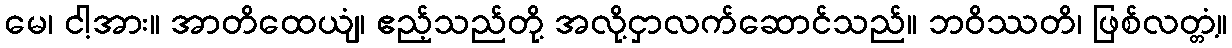
မေ၊ ငါ့အား။ အာတိထေယျံ၊ ဧည့်သည်တို့ အလို့ငှာလက်ဆောင်သည်။ ဘဝိဿတိ၊ ဖြစ်လတ္တံ့။